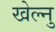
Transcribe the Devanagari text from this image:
खेल्नु